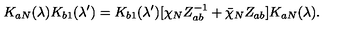
K _ { a N } ( \lambda ) K _ { b 1 } ( \lambda ^ { \prime } ) = K _ { b 1 } ( \lambda ^ { \prime } ) [ \chi _ { N } Z _ { a b } ^ { - 1 } + \bar { \chi } _ { N } Z _ { a b } ] K _ { a N } ( \lambda ) .